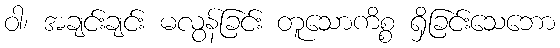
ဝါ၊ အချင်းချင်း မလွန်ခြင်း တူသောကိစ္စ ရှိခြင်းသေဘော